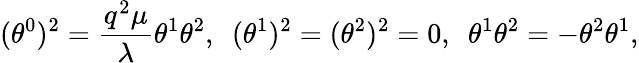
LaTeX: (\theta^{0})^{2}=\frac{q^{2}\mu}{\lambda}\theta^{1}\theta^{2},~~(\theta^{1})^{2}=(\theta^{2})^{2}=0,~~\theta^{1}\theta^{2}=-\theta^{2}\theta^{1},